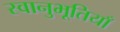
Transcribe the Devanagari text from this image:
स्वानुभूतियाँ